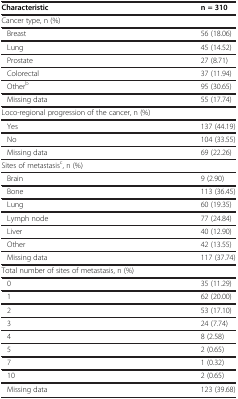
<table><thead><tr><td><b>Characteristic</b></td><td><b>n = 310</b></td></tr></thead><tbody><tr><td>Cancer type, n (%)</td><td> </td></tr><tr><td>Breast</td><td>56 (18.06)</td></tr><tr><td>Lung</td><td>45 (14.52)</td></tr><tr><td>Prostate</td><td>27 (8.71)</td></tr><tr><td>Colorectal</td><td>37 (11.94)</td></tr><tr><td>Other<sup>b</sup></td><td>95 (30.65)</td></tr><tr><td>Missing data</td><td>55 (17.74)</td></tr><tr><td>Loco-regional progression of the cancer, n (%)</td><td> </td></tr><tr><td>Yes</td><td>137 (44.19)</td></tr><tr><td>No</td><td>104 (33.55)</td></tr><tr><td>Missing data</td><td>69 (22.26)</td></tr><tr><td>Sites of metastasis<sup>c</sup>, n (%)</td><td> </td></tr><tr><td>Brain</td><td>9 (2.90)</td></tr><tr><td>Bone</td><td>113 (36.45)</td></tr><tr><td>Lung</td><td>60 (19.35)</td></tr><tr><td>Lymph node</td><td>77 (24.84)</td></tr><tr><td>Liver</td><td>40 (12.90)</td></tr><tr><td>Other</td><td>42 (13.55)</td></tr><tr><td>Missing data</td><td>117 (37.74)</td></tr><tr><td>Total number of sites of metastasis, n (%)</td><td> </td></tr><tr><td>0</td><td>35 (11.29)</td></tr><tr><td>1</td><td>62 (20.00)</td></tr><tr><td>2</td><td>53 (17.10)</td></tr><tr><td>3</td><td>24 (7.74)</td></tr><tr><td>4</td><td>8 (2.58)</td></tr><tr><td>5</td><td>2 (0.65)</td></tr><tr><td>7</td><td>1 (0.32)</td></tr><tr><td>10</td><td>2 (0.65)</td></tr><tr><td>Missing data</td><td>123 (39.68)</td></tr></tbody></table>